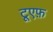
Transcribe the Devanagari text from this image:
टूएफ़